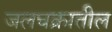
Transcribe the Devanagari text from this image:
जलचक्रातील